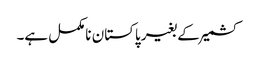
کشمیر کے بغیر پاکستان نامکمل ہے۔